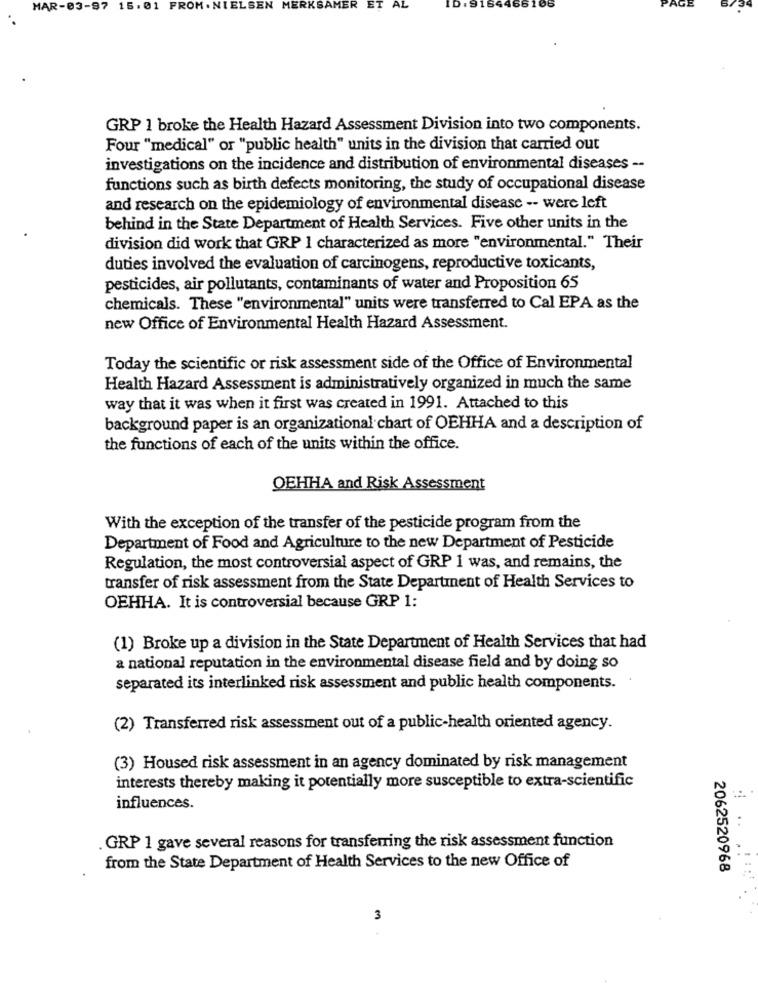
ID : 9164466
MAR-03-97 15.01
FROM . NIELSEN MERKSAMER
ET AL
GRP 1 broke the Health Hazard Assessment Division into two components.
Four "medical" or "public health" units in the division that carried out
investigations on the incidence and distribution of environmental diseases --
functions such as birth defects monitoring, the study of occupational disease
and research on the epidemiology of environmental disease -- were left
behind in the State Department of Health Services. Five other units in the
division did work that GRP 1 characterized as more "environmental." Their
duties involved the evaluation of carcinogens, reproductive toxicants,
pesticides, air pollutants, contaminants of water and Proposition 65
chemicals. These "environmental" units were transferred to Cal EPA as the
new Office of Environmental Health Hazard Assessment.
Today the scientific or risk assessment side of the Office of Environmental
Health Hazard Assessment is administratively organized in much the same
way that it was when it first was created in 1991. Attached to this
background paper is an organizational chart of OEHHA and a description of
the functions of each of the units within the office.
OEHHA and Risk Assessment
With the exception of the transfer of the pesticide program from the
Department of Food and Agriculture to the new Department of Pesticide
Regulation, the most controversial aspect of GRP 1 was, and remains, the
transfer of risk assessment from the State Department of Health Services to
OEHHA. It is controversial because GRP 1:
(1) Broke up a division in the State Department of Health Services that had
a national reputation in the environmental disease field and by doing so
separated its interlinked risk assessment and public health components.
(2) Transferred risk assessment out of a public-health oriented agency.
(3) Housed risk assessment in an agency dominated by risk management
interests thereby making it potentially more susceptible to extra-scientific
influences.
..
GRP 1 gave several reasons for transferring the risk assessment function
from the State Department of Health Services to the new Office of
2062520968
3